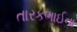
તારકભાઈના